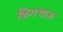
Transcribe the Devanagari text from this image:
किंगचाऊ